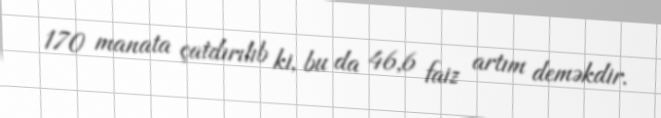
170 manata çatdırılıb ki, bu da 46,6 faiz artım deməkdir.